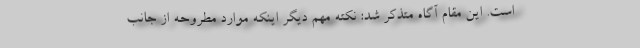
است. این مقام آگاه متذکر شد: نکته مهم دیگر اینکه موارد مطروحه از جانب